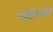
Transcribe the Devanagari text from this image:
एंटोली